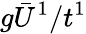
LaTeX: g\bar{U}^{1}/t^{1}